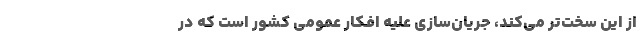
از این سخت‌تر می‌کند، جریان‌سازی علیه افکار عمومی کشور است که در